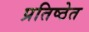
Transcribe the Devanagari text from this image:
प्रतिष्ठेत